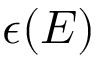
\epsilon ( E )